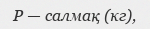
Р — салмақ (кг),